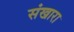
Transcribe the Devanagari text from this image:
संखारा